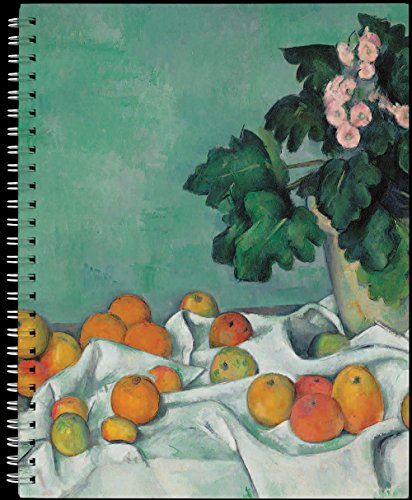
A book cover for Impressionism and Post-Impressionism 2016 Engagement Book; Metropolitan Museum Of Art; Calendars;